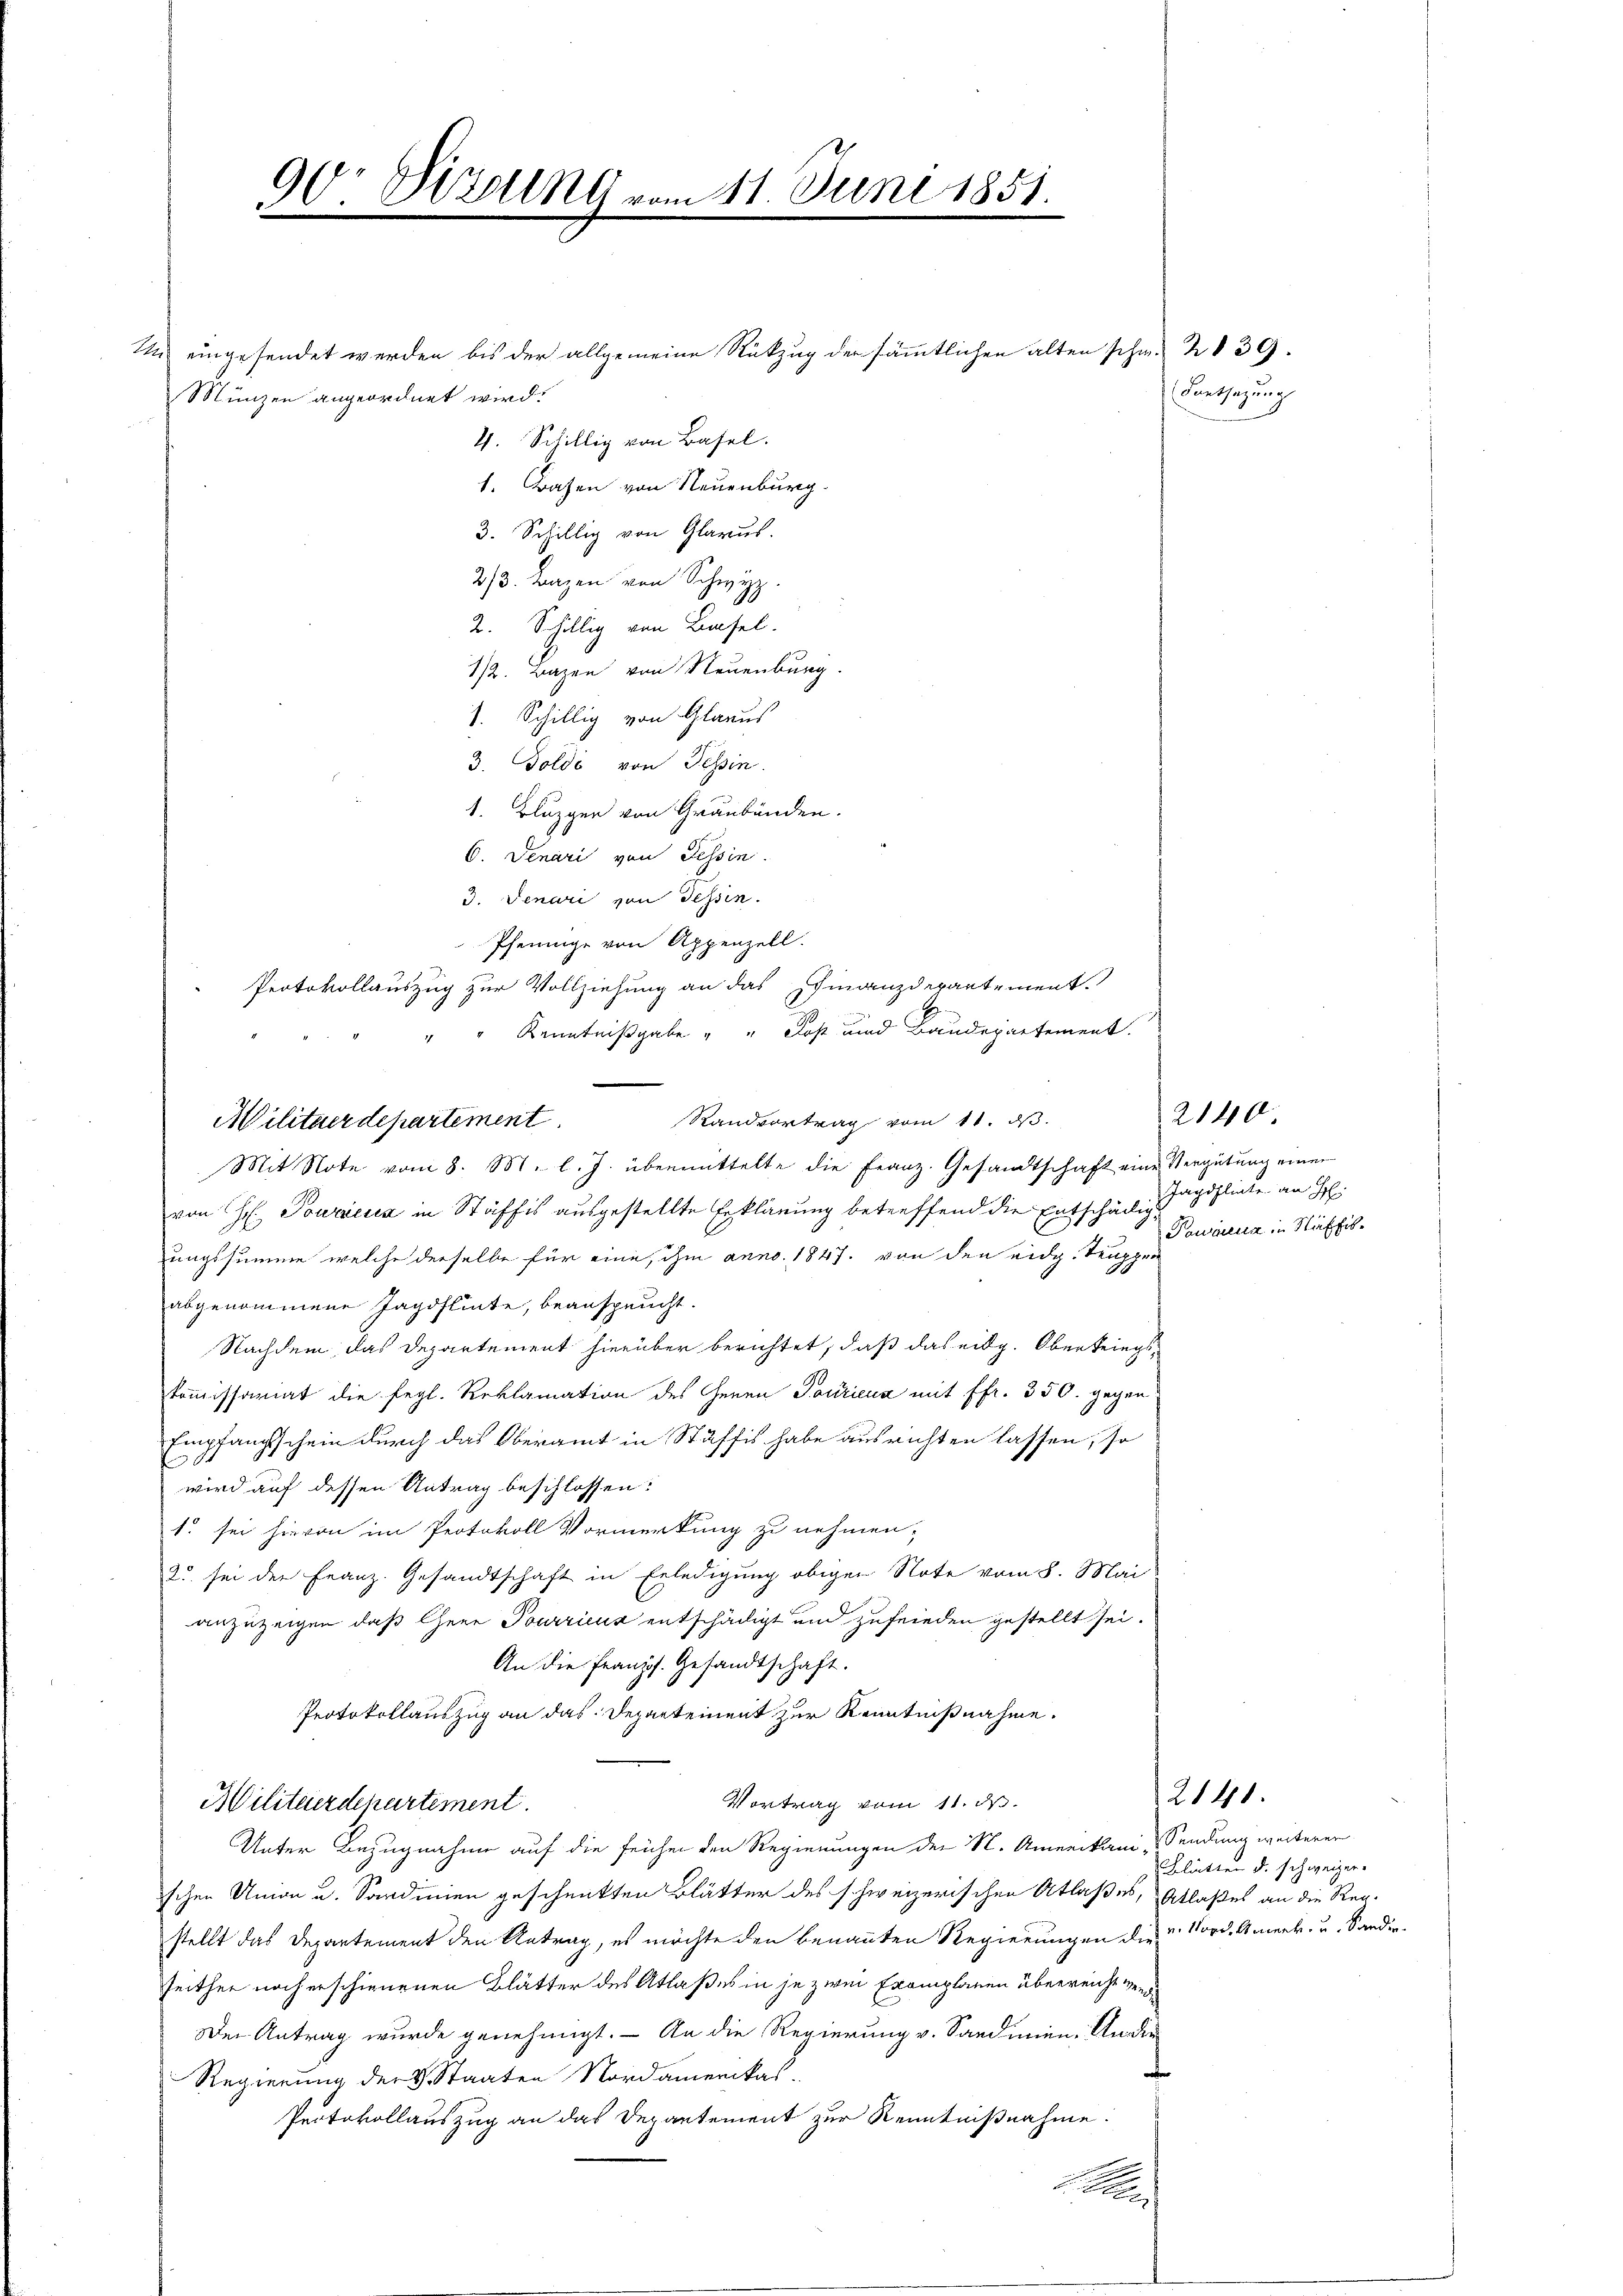
24.

u eingesendet werden bis der allgemeine Rückzug der sämmtlichen alten schw. 239.
Münzen angeordnet wird.
4. Schillig von Basel.
1. Basen von Neuenburg.
3. Schillig von Glarus.
2/3. Bazen von Schwyz.
2. Schillig von Basel.
1/2. Bazen von Neuenburg
1. Schillig von Glarus
3. Goldi von Tessin.
1. Bluzger von Graubünden.
6. Denari von Tessin.
3. Jenari von Tessin.
Pfennige von Appenzell.
Protokollauszug zur Vollziehung an das Schinanzdepartement.
" " Kenntnißgabe " " Jost und Baudepartement.
von H. Powicz in Stäffis ausgestellte Erklärung betreffend die Entschädig sagstigte an H.
ungssumme welche derselbe für eine, ihm anno. 1847. von den eidg. Truppen
abgenommene Jagdflinte, beansprucht.
Nachdem das Departement hierüber berichtet, daß das eidg. Oberkriegskommissariat die fegl. Reklamation des Genen Touriena mit ffr. 350. gegen
Empfangsschein durch das Oberamt in Stäffis habe ausrichten lassen, so
wird auf dessen Antrag beschlossen:
1. sei hievon im Protokoll Vormerkung zu nehmen,
2 sei der Franz. Gesandtschaft in Erledigung obigen Note vom 8. Mai
anzuzeigen, daß Cherr Pourriens entschädigt und zufrieden gestellt sei.
An die franzs. Gesandtschaft.
Protokollauszug an das Departement zur Kenntnißnahme.
Vortrag vom 11. d.
Militärdepartement.
Unter Bezugnahme auf die früher den Regierungen der St. Amerikani-
schen Union u. Sardinien geschenkten Blätter des schweizerischen Atlaßes, Atlaßes an die Reg-
stellt das Departement den Antrag, es möchte den benannten Regierungen die Nord-Amerk- u. Sanderseither noch erschienenen Blätter des Atlaßes in je zwei Exemplaren überreicht ver¬
Der Antrag wurde genehmigt. – An die Regierung v. Sandmen. An die
Regierung der v. Staaten Nordamerikas.
Protokollauszug an das Departement zur Kenntnißnahme:

Militärdepartement
Mit Note vom 8. M. l. J. übermittelte die Franz. Gesandtschaft eine Vergütung einer

90. Verung vom 11. Juni 1851.

Randvortrag vom 11. dβ.

Kantsazung

Pawiena in Näffi¬

2140.

2140.

Sendung weiterer
Blätten d. schweizer.